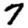
Digit: 7